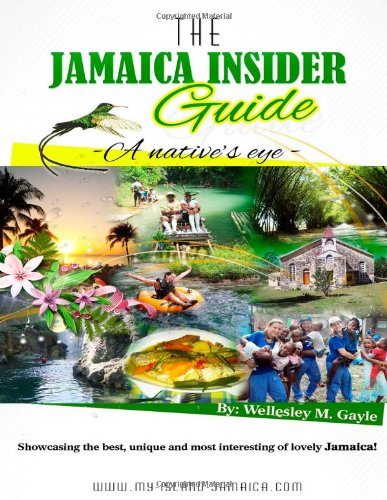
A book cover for The Jamaica Insider Guide; Wellesley Gayle; Travel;